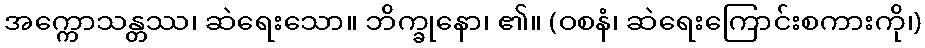
အက္ကောသန္တဿ၊ ဆဲရေးသော။ ဘိက္ခုနော၊ ၏။ (ဝစနံ၊ ဆဲရေးကြောင်းစကားကို၊)